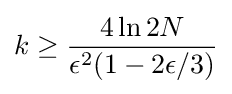
k\geq {\frac {4\ln 2N}{\epsilon ^{2}(1-2\epsilon /3)}}